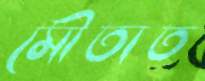
মৌতাত